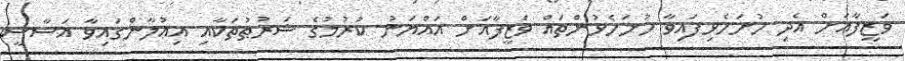
ވަޒީފާއަށް އެދި ހުށަހެޅިފައިވާ ހުށަހެޅުންތައް ވަޒީފާއަށް އައްޔަނު ކުރުމުގެ ޝަރުޠުތަކާއި އިޢުލާންގައިވާ އަސާސީ